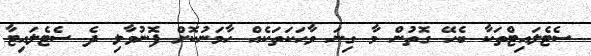
ސެޓެލައިޓްތަކާ ބެހޭ ގޮތުން މާ ގިނަ ވާހަކަތަކެއް ހާމަނުކޮށް ފޮނުވާލި ދެ ސެޓެލައިޓާ